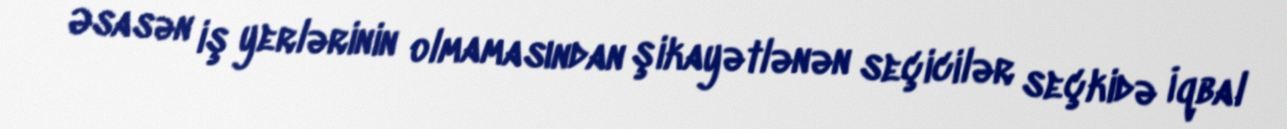
Əsasən iş yerlərinin olmamasından şikayətlənən seçicilər seçkidə İqbal